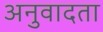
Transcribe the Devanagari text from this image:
अनुवादता